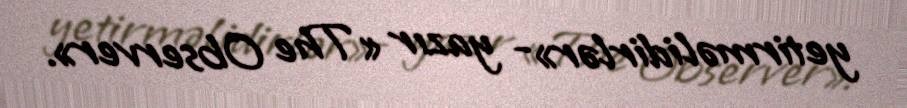
yetirməlidirlər»- yazır «The Observer».